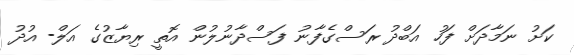
ކަށު ނަމާދަށް ފަހު އަބްދު ރަސްގެފާނު ފަސްދާނުލުން އޮތީ ރިޔާޒުގެ އަލް- އުދު